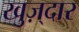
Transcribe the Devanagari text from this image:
खुज़्दार